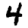
Digit: 4